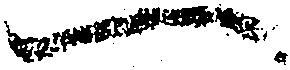
一